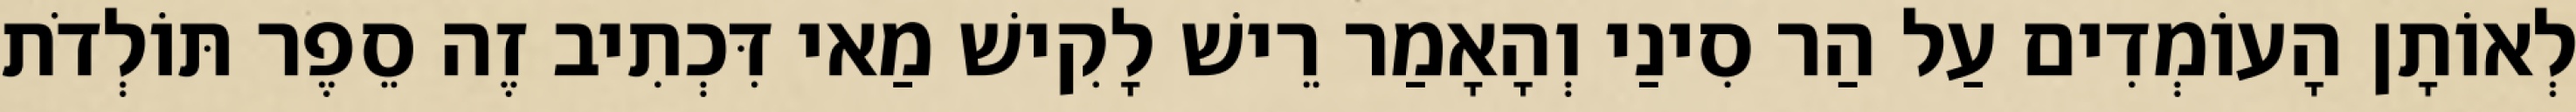
לְאוֹתָן הָעוֹמְדִים עַל הַר סִינַי וְהָאָמַר רֵישׁ לָקִישׁ מַאי דִּכְתִיב זֶה סֵפֶר תּוֹלְדֹת